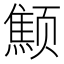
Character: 𱂻